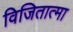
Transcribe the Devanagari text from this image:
विजितात्मा